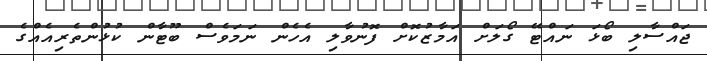
ޖައްސާލި ބޯޅަ ނައްޓޭ ގޯލަށް އަމާޒުކޮށް ފޮނުވާލި އެހެން ނަމަވެސް ބޫޓާން ކުޅުންތެރިއެއްގެ